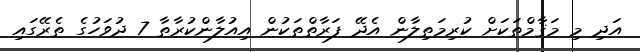
އަދި މި މަޤާމްތަކަށް ކުރިމަތިލާން އެދޭ ފަރާތްތަކުން އިއުލާންކުރާތާ 7 ދުވަހުގެ ތެރޭގައި